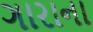
ગારાના